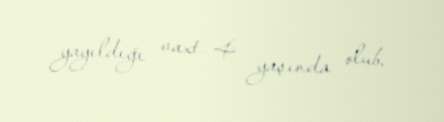
yayıldığı vaxt 4 yaşında olub.